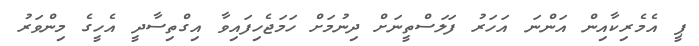
ޕީ އެމެރިކާއިން އަންނަ އަހަރު ފަލަސްތީނަށް ދިނުމަށް ހަމަޖެހިފައިވާ އިގްތިސާދީ އެހީގެ މިންވަރު